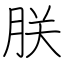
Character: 朕